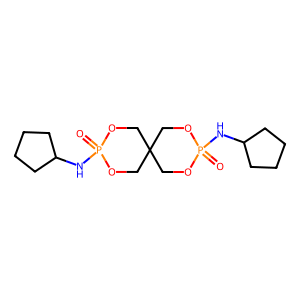
SMILES: O=P1(NC2CCCC2)OCC2(CO1)COP(=O)(NC1CCCC1)OC2
Inhibits HIV replication: No